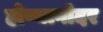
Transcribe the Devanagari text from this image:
होण्यागोदर